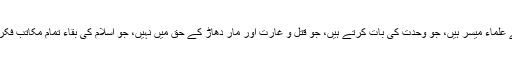
پاکستان کی خوش قسمتی ہے کہ ایسے علماء میسر ہیں، جو وحدت کی بات کرتے ہیں، جو قتل و غارت اور مار دھاڑ کے حق میں نہیں، جو اسلام کی بقاء تمام مکاتب فکر کے باہمی اتحاد میں ہی دیکھتے ہیں۔